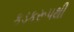
કડકરૂપથી